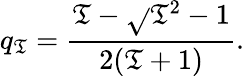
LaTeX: q_{\mathfrak{T}}=\frac{{\mathfrak{T}-\sqrt{}{{\mathfrak{T}^{2}-1}}}}{{2(\mathfrak{T}+1)}}.